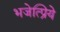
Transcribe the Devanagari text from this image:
भजेत्प्रिये